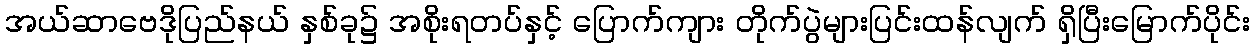
အယ်ဆာဗေဒိုပြည်နယ် နှစ်ခု၌ အစိုးရတပ်နှင့် ပြောက်ကျား တိုက်ပွဲများပြင်းထန်လျက် ရှိပြီးမြောက်ပိုင်း